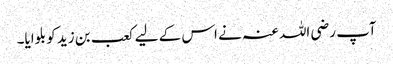
آپ رضی اللہ عنہ نے اس کے لیے کعب بن زید کو بلوایا۔